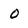
Character: 0